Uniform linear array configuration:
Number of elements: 64
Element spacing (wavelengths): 0.25
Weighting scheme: uniform
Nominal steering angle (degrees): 45
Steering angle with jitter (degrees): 44.212
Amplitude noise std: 0.05
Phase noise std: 0.05

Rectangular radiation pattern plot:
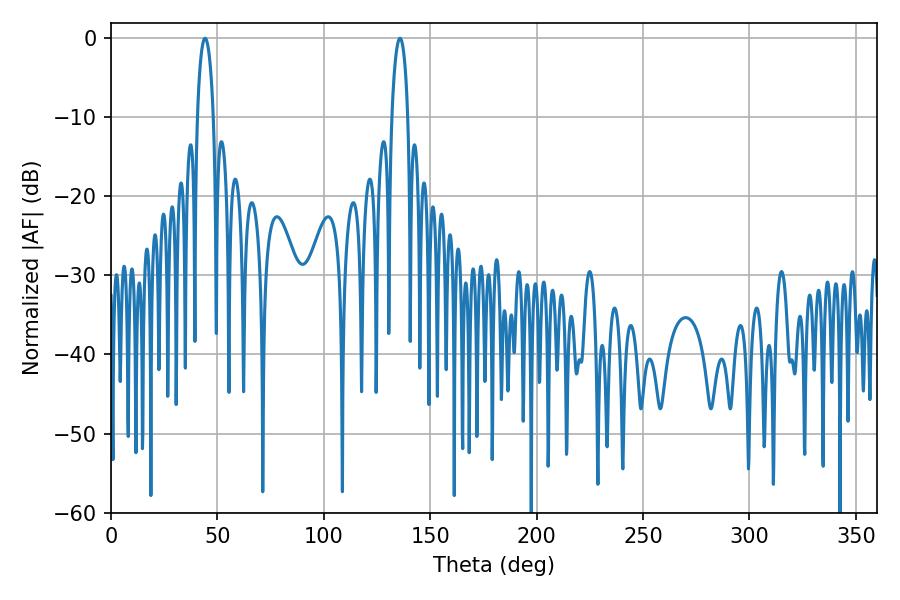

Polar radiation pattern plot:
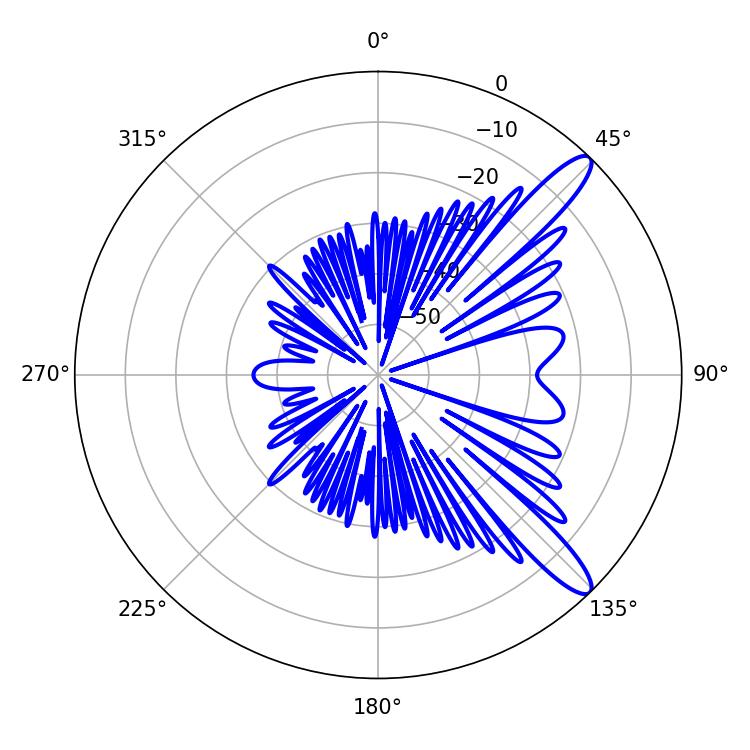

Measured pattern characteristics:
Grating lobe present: FALSE
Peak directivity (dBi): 12.143
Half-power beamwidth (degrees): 4.32
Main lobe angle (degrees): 44.28